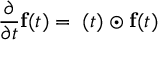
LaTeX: \frac { \partial } { \partial t } { \bf f } ( t ) = { \bf \Omega } ( t ) \odot { \bf f } ( t )